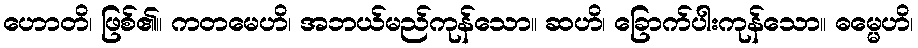
ဟောတိ၊ ဖြစ်၏။ ကတမေဟိ၊ အဘယ်မည်ကုန်သော။ ဆဟိ၊ ခြောက်ပါးကုန်သော။ ဓမ္မေဟိ၊